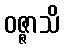
ဝဇ္ဇာသိ